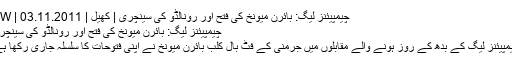
چیمپیئنز لیگ: بائرن میونخ کی فتح اور رونالڈو کی سینچری | کھیل | DW | 03.11.2011
چیمپیئنز لیگ: بائرن میونخ کی فتح اور رونالڈو کی سینچری
چیمپیئنز لیگ کے بدھ کے روز ہونے والے مقابلوں میں جرمنی کے فٹ بال کلب بائرن میونخ نے اپنی فتوحات کا سلسلہ جاری رکھا ہے۔